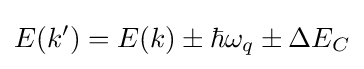
E(k')=E(k)\pm \hbar \omega _{q}\pm \Delta E_{C}